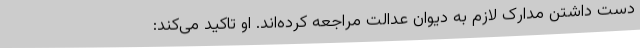
دست داشتن مدارک لازم به دیوان عدالت مراجعه کرده‌اند. او تاکید می‌کند: